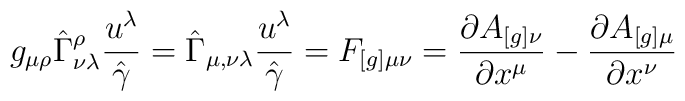
g_{\mu\rho} \hat{\Gamma}^{\rho}_{\nu\lambda} \frac{u^{\lambda}}{\hat{\gamma}} = \hat{\Gamma}_{\mu,\nu\lambda} \frac{u^{\lambda}}{\hat{\gamma}}= F_{[g]\mu\nu} = \frac{\partial A_{[g]\nu}}{\partial x^{\mu}} - \frac{\partial A_{[g]\mu}}{\partial x^{\nu}}